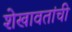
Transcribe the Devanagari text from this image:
शेखावतांची